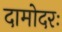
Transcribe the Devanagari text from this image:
दामोदरः